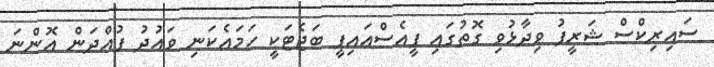
ސައިރިކްސް ޝަރީފު ވިދާޅުވި ގޮތުގައި ޕީއެސްއައިޕީ ބަޖެޓަކީ ހަމައެކަނި ވައުދު ފުއްދަން އޮންނަ